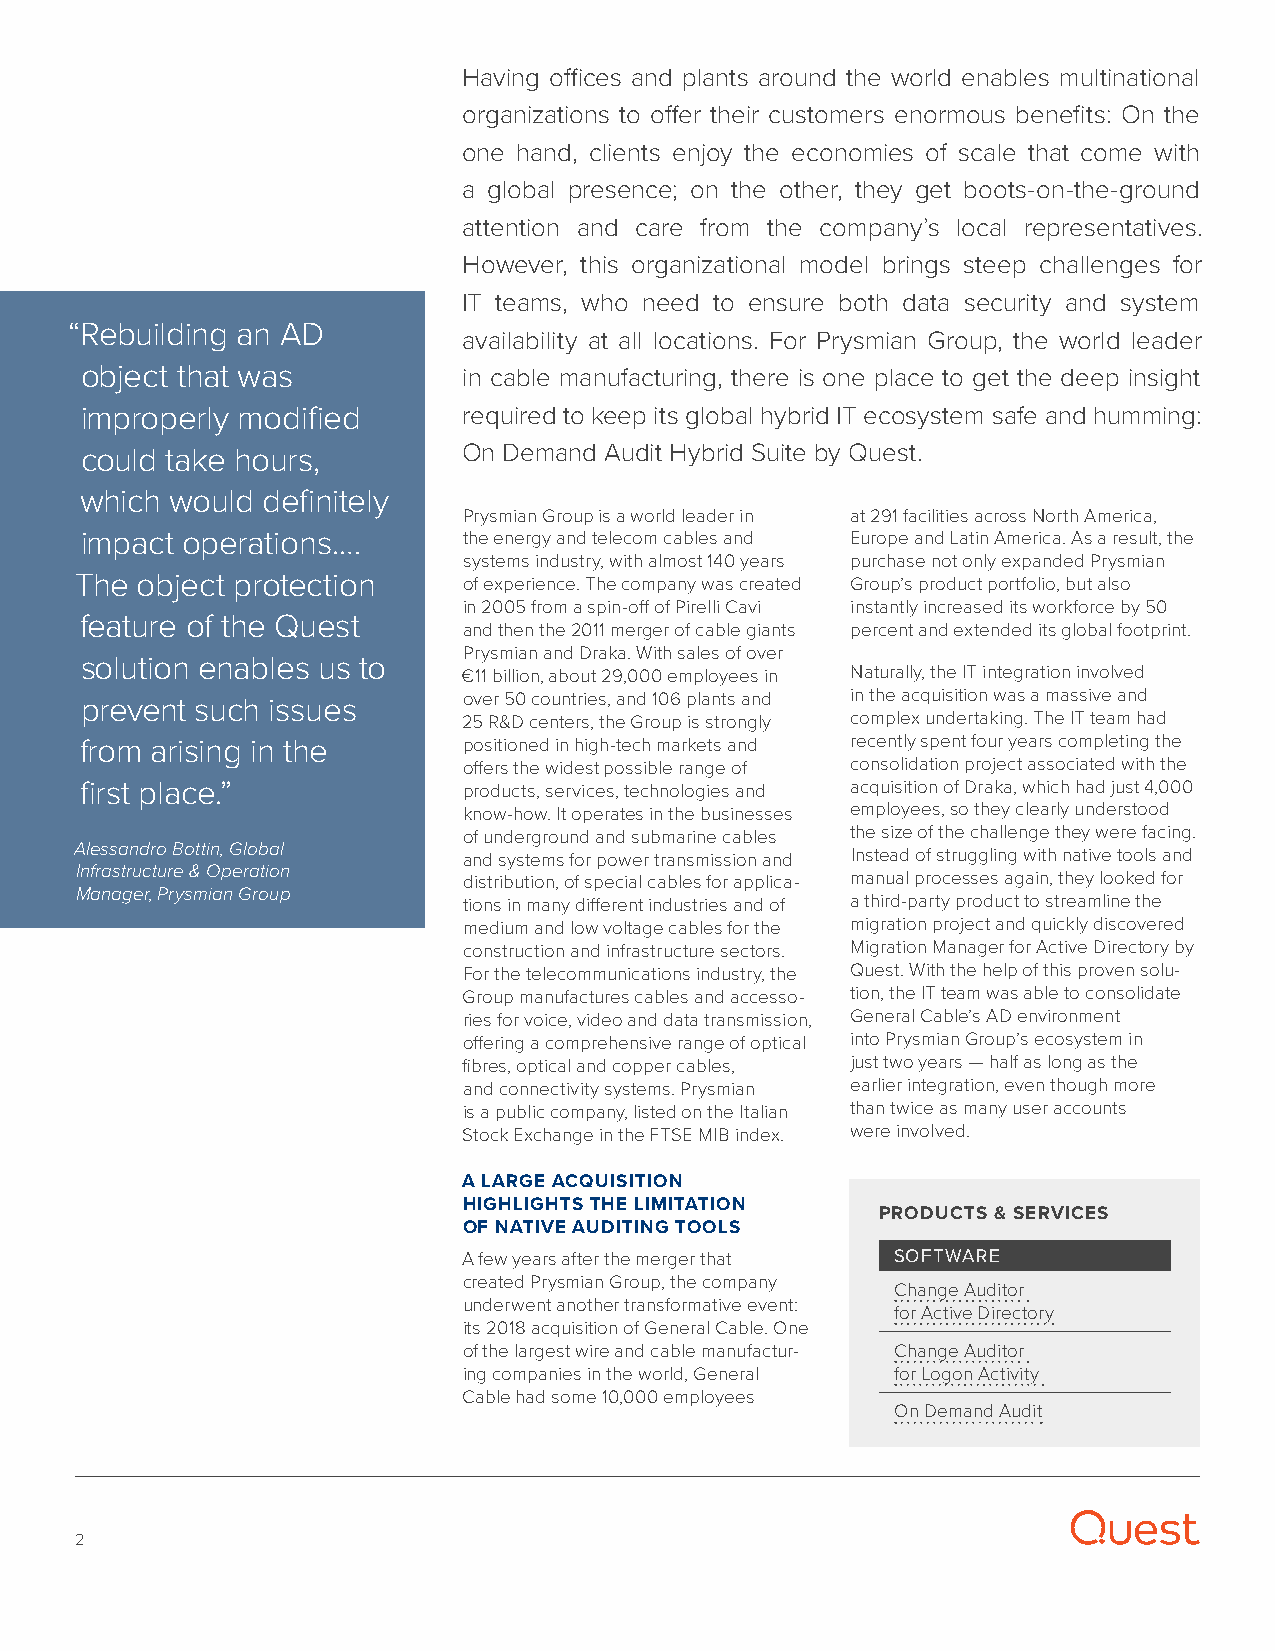
Having offices and plants around the world enables multinational
 organizations to offer their customers enormous benefits: On the
 one hand, clients enjoy the economies of scale that come with
 a global presence; on the other, they get boots-on-the-ground
 attention and care from the company’s local representatives.
 However, this organizational model brings steep challenges for
 IT teams, who need to ensure both data security and system
 “ Rebuilding an AD
 availability at all locations. For Prysmian Group, the world leader
 object that was           in cable manufacturing, there is one place to get the deep insight
 improperly modified       required to keep its global hybrid IT ecosystem safe and humming:
 could take hours,         On Demand Audit Hybrid Suite by Quest.
 which would definitely
 Prysmian Group is a world leader in at 291 facilities across North America,
 impact operations.…       the energy and telecom cables and Europe and Latin America. As a result, the
 systems industry, with almost 140 years purchase not only expanded Prysmian
 The object protection     of experience. The company was created Group’s product portfolio, but also
 in 2005 from a spin-off of Pirelli Cavi instantly increased its workforce by 50
 feature of the Quest
 and then the 2011 merger of cable giants percent and extended its global footprint.
 Prysmian and Draka. With sales of over
 solution enables us to
 €11 billion, about 29,000 employees in Naturally, the IT integration involved
 prevent such issues       over 50 countries, and 106 plants and in the acquisition was a massive and
 25 R&D centers, the Group is strongly complex undertaking. The IT team had
 from arising in the       positioned in high-tech markets and recently spent four years completing the
 offers the widest possible range of consolidation project associated with the
 first place.”             products, services, technologies and acquisition of Draka, which had just 4,000
 know-how. It operates in the businesses employees, so they clearly understood
 of underground and submarine cables the size of the challenge they were facing.
 Alessandro Bottin, Global
 and systems for power transmission and Instead of struggling with native tools and
 Infrastructure & Operation
 distribution, of special cables for applica- manual processes again, they looked for
 Manager, Prysmian Group
 tions in many different industries and of a third-party product to streamline the
 medium and low voltage cables for the migration project and quickly discovered
 construction and infrastructure sectors. Migration Manager for Active Direc tory by
 For the telecommunications industry, the Quest. With the help of this proven solu-
 Group manufactures cables and accesso- tion, the IT team was able to consolidate
 ries for voice, video and data transmission, General Cable’s AD environment
 offering a comprehensive range of optical into Prysmian Group’s ecosystem in
 fibres, optical and copper cables, just two years — half as long as the
 and connectivity systems. Prysmian earlier integration, even though more
 is a public company, listed on the Italian than twice as many user accounts
 Stock Exchange in the FTSE MIB index. were involved.
 A LARGE ACQUISITION
 HIGHLIGHTS THE LIMITATION
 PRODUCTS & SERVICES
 OF NATIVE AUDITING TOOLS
 A few years after the merger that SOFTWARE
 created Prysmian Group, the company
 Change Auditor
 underwent another transformative event:
 for Active Directory
 its 2018 acquisition of General Cable. One
 of the largest wire and cable manufactur- Change Auditor
 ing companies in the world, General for Logon Activity
 Cable had some 10,000 employees
 On Demand Audit
 2